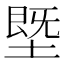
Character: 塈